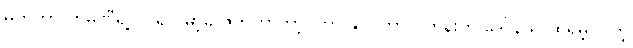
မက်တာ ကုမ္ပဏီရဲ့ ပိုင်ရှင် မာ့ခ် ဇက်ကာဘာ့ဂ်ဟာ နိုဝင်ဘာလတုန်းက ဒေါ်နယ် ထရမ့်ပိုင်တဲ့